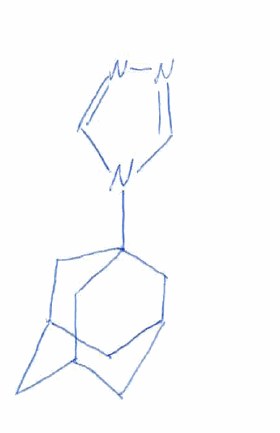
Simplified molecular-input line-entry system (SMILES) notation of the given molecule:
C1C2CC3CC1CC(C2)(C3)N4C=NN=C4